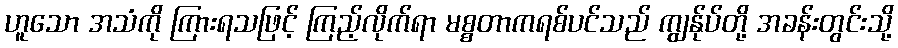
ဟူသော အသံကို ကြားရသဖြင့် ကြည့်လိုက်ရာ မစ္စတာကရစ်ပင်သည် ကျွန်ုပ်တို့ အခန်းတွင်းသို့